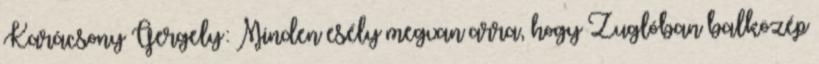
Karácsony Gergely: Minden esély megvan arra, hogy Zuglóban balközép